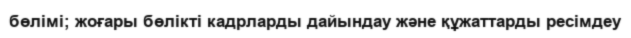
бөлімі; жоғары бөлікті кадрларды дайындау және құжаттарды ресімдеу